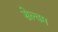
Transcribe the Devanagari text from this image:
सेल्वम